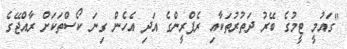
"ގައުމީ ޓީމުގެ ބޭރު ދަތުރުތަކާއި ރެފްރީންގެ އަދި އެހެން ގިނަ ކޯސްތަކަށް ރާއްޖޭގެ